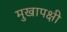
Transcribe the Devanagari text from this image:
मुखापक्षी